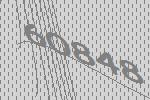
60848